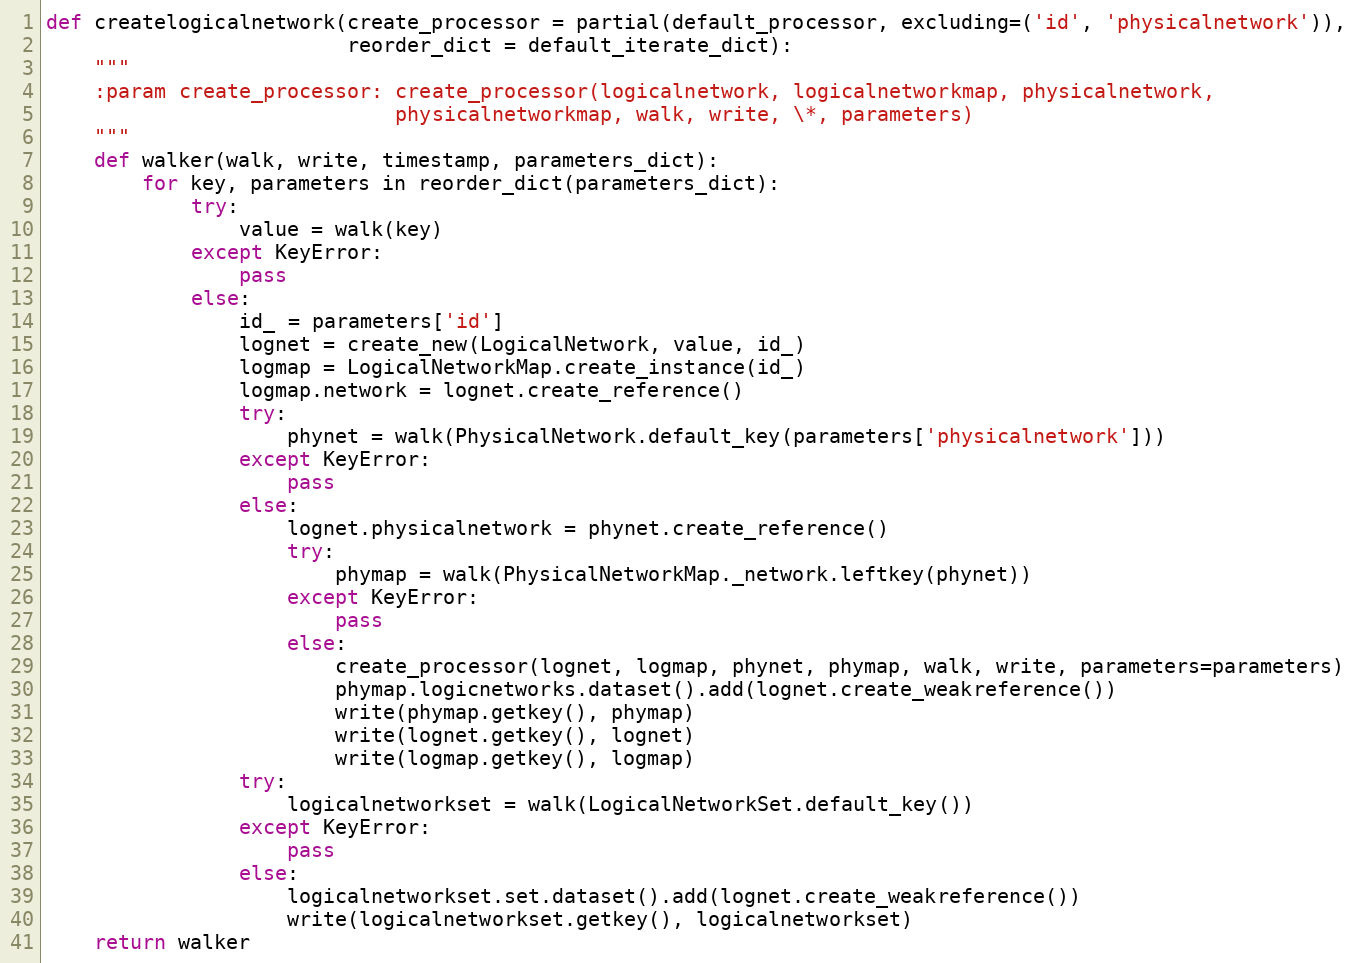
Language: Python
def createlogicalnetwork(create_processor = partial(default_processor, excluding=('id', 'physicalnetwork')),
                         reorder_dict = default_iterate_dict):
    """
    :param create_processor: create_processor(logicalnetwork, logicalnetworkmap, physicalnetwork,
                             physicalnetworkmap, walk, write, \*, parameters)
    """
    def walker(walk, write, timestamp, parameters_dict):
        for key, parameters in reorder_dict(parameters_dict):
            try:
                value = walk(key)
            except KeyError:
                pass
            else:
                id_ = parameters['id']
                lognet = create_new(LogicalNetwork, value, id_)
                logmap = LogicalNetworkMap.create_instance(id_)
                logmap.network = lognet.create_reference()
                try:
                    phynet = walk(PhysicalNetwork.default_key(parameters['physicalnetwork']))
                except KeyError:
                    pass
                else:
                    lognet.physicalnetwork = phynet.create_reference()
                    try:
                        phymap = walk(PhysicalNetworkMap._network.leftkey(phynet))
                    except KeyError:
                        pass
                    else:
                        create_processor(lognet, logmap, phynet, phymap, walk, write, parameters=parameters)
                        phymap.logicnetworks.dataset().add(lognet.create_weakreference())
                        write(phymap.getkey(), phymap)
                        write(lognet.getkey(), lognet)
                        write(logmap.getkey(), logmap)
                try:
                    logicalnetworkset = walk(LogicalNetworkSet.default_key())
                except KeyError:
                    pass
                else:
                    logicalnetworkset.set.dataset().add(lognet.create_weakreference())
                    write(logicalnetworkset.getkey(), logicalnetworkset)
    return walker